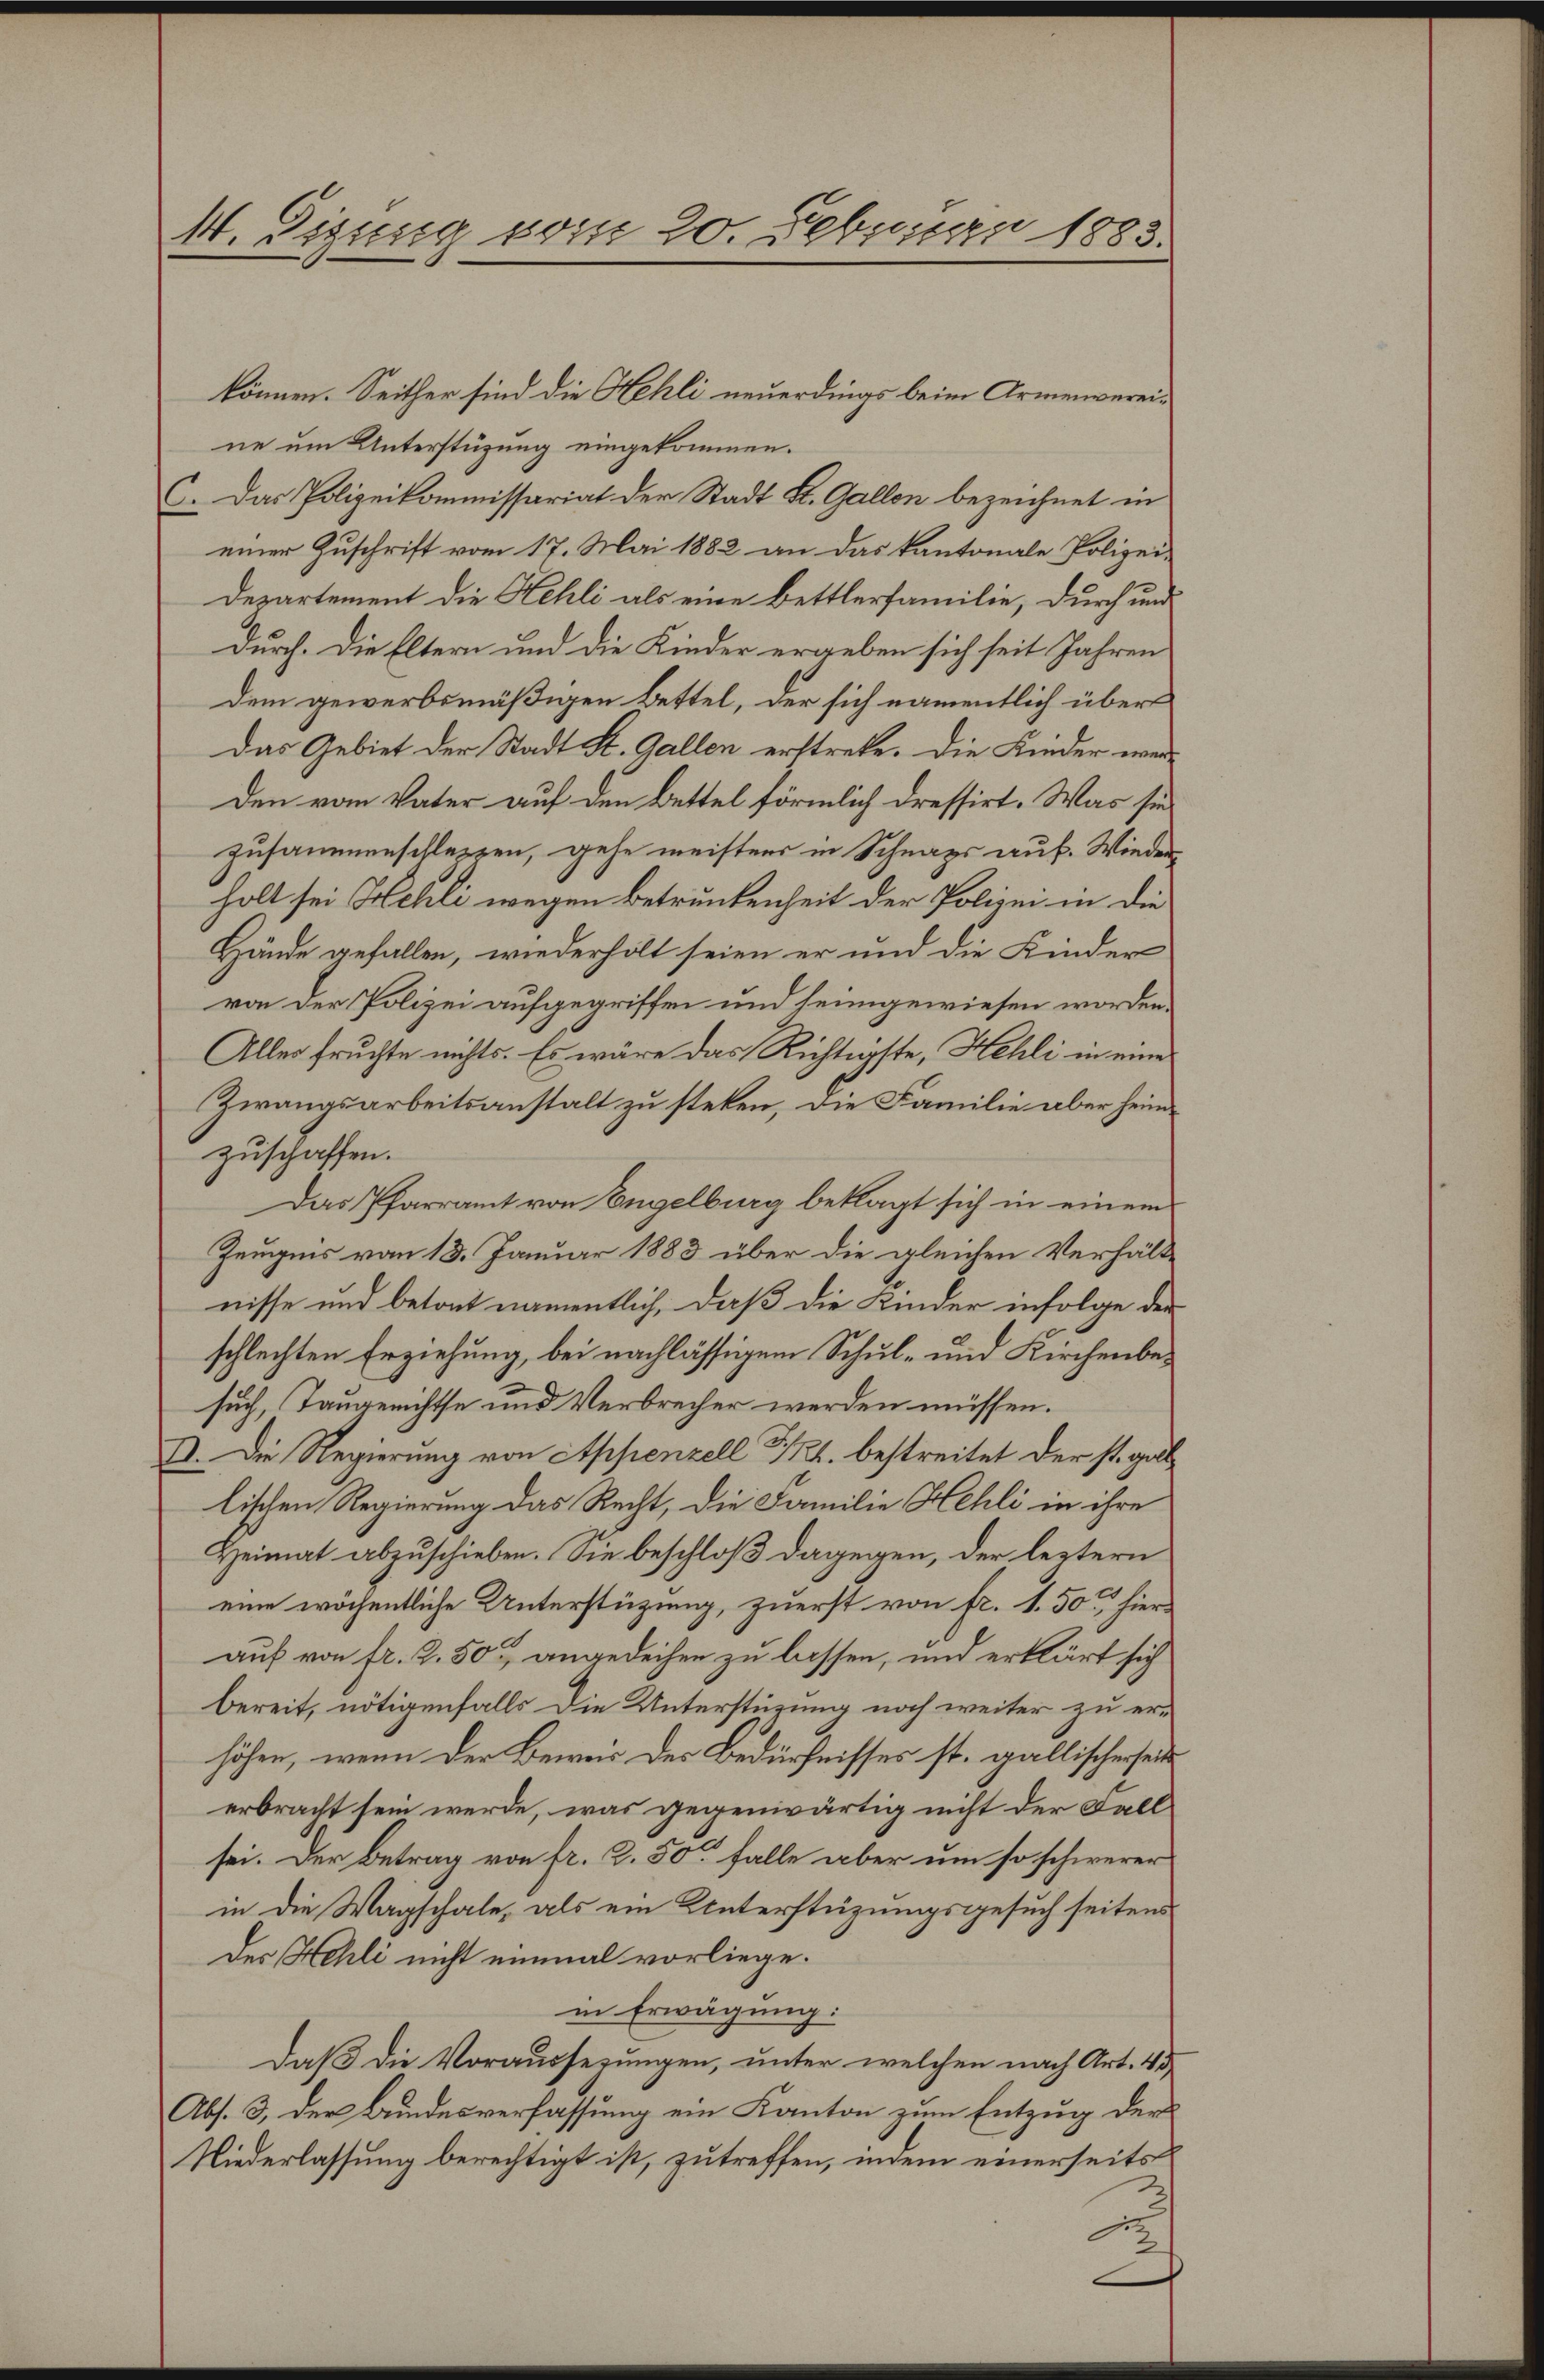
M. Tigung vom 20. Februar 1883.

können. Seither sind die Hehli neuerdings beim Armenvereine um Unterstüzung eingekommen.
C. Das Polizeikommissariat der Stadt St. Gallen bezeichnet in
einer Zuschrift vom 17. Mai 1882 an das kantonale Polizei-
Departement die Kehli als eine Bettlerfamilie, durch und
durch. Die Eltern und die Kinder ergeben sich seit Jahren
Dem gewerbsmäßigen Bettel, der sich namentlich über
Das Gebiet der Stadt St. Gallen erstrete. Die Kinder wer¬
Den vom Vater auf den Bettel förmlich dressirt. Was sie
zusammenschlesen, gehe meistens in Schnaps auf. Wieder
holt sei Hehli wegen Betrunkenheit der Polizei in die
Hände gefallen, wiederholt seien er und die Kinder
von der Polizei aufgegriffen und seingewiesen worden.
Alles fruchte nichts. Es wäre das Richtigste, Hehli in eine
Zwangsarbeitsanstalt zu stehen, die Familie aber heimzuschaffen.
Das Pfarramt von Engelburg beklagt sich in einem
Zeugnis vom 13. Januar 1883 über die gleichen Verhält-
nisse und betont namentlich, daß die Kinder infolge der
schlechten Erziehung, bei nachlässigem Schul- und Kirchenbesuch, Taugerichte und Verbrecher werden müssen.
I. Die Regierung von Appenzell 32. bestreitet der st. gab
lischen Regierung das Recht, die Familie Hehli in ihre
Heimat abzuschieben. Sie beschloß dagegen, der leztern
eine wöchentliche Unterstüzung, zuerst von fr. 1.50 hierauf von fr. 2.50 angedeihen zu lassen, und erklärt sich
bereit, nötigenfalls die Unterstüzung noch weiter zu erhöhen, wenn der Beweis der Bedürfnisses st. gallischerseit
erbracht sein werde, was gegenwärtig nicht der Fall
sei. Der Betrag von fr. 2. 50 falle aber um so schwerer
in die Wagschale, als ein Unterstüzungsgesuch seitens
des Hehli nicht einmal vorliege.
in Erwägung:
Daß die Voraussezungen, unter welchen nach Art. 43
Abs. 3. der Bundesverfassung ein Kanton zum Entzug der
Niederlassung berechtigt ist, zu treffen, indem einerseits
d